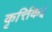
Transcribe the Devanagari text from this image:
कृर्त्तिकई